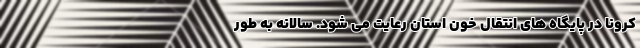
کرونا در پایگاه های انتقال خون استان رعایت می شود. سالانه به طور